Leaving Certificate Examination, 1920
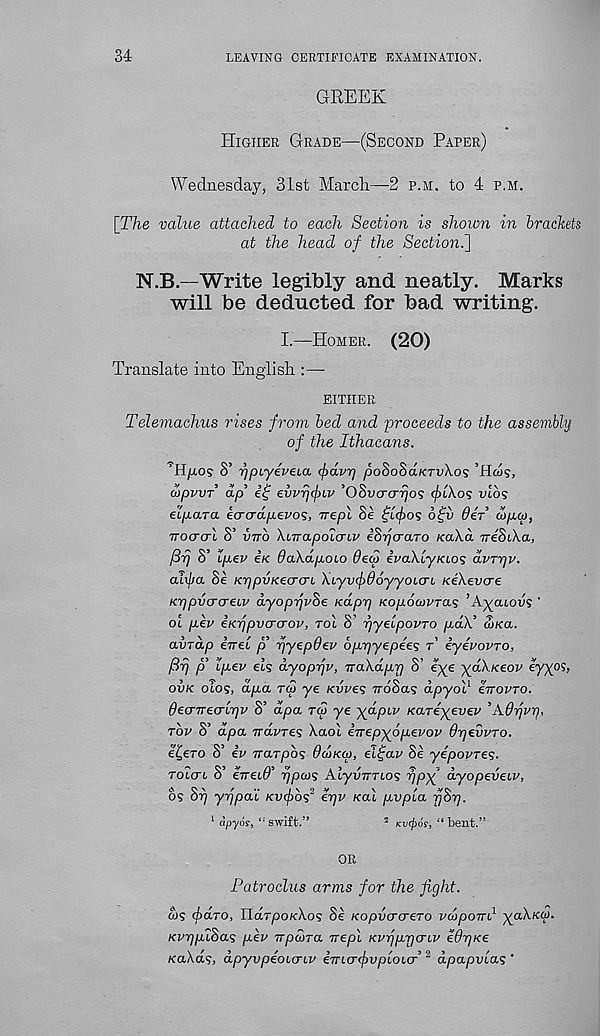
34
LEAVING CERTIFICATE EXAMINATION.
GREEK
Higher Grade—(Second Paper)
Wednesday, 31st March—2 p.m. to 4 p.m.
[The value attached to each Section is shown in brackets
at the head of the Section^]
N.B.—Write legibly and neatly. Marks
will be deducted for bad writing.
I.—Homer. (20)
Translate into English :—•
EITHER
Telemachus rises from bed and proceeds to the assembly
of the Ithacans.
’Hfjios 8’ rjpiyeveLO, (pdvrj poSoSa/criAos ’Hw?,
3 /
1 V 3 1
’'"'J 5 /~V ^
^
I '\
c '
wpvvT ap eg ewpepiv Ooucrcnjos 91.A05 iho?
eL/iara eererdpevos, Trepl Se tjiffos blfv del o'jpqj,
ttoctctI S’ vtto XiTTapoicnv eS^craro Ka\d TreStXa,
/St} S’ Ipev iK daXdpoLO Bed) ivaXl-yKio? dvrrjv.
ahfja Se KrjpvKecrcrt, XL'yvefBo'yyoien, KeXevere
Krjpvcrcreiv dyoprjvSe Kapy) Kopocovras ’Aycuovs '
ol pev eKTjpvcra-ov, tol 8' pyeipovTO pdX’ S>Ka.
aiirdp inel p pyepdev oppyepee? r eyevovro,
ftp p Ipev ets dyoppv, vaXdpp S’ eye ydXxeov eyy°9,
ovk otos, dpa tco ye Kvves ttoScls dpyoV evovro.
Becnrecripv S’ dpa rw ye ydpiv Kareyevev ’ABpvp,
rbv S’ dpa Trdvres Xaol inepyopevov Bpevvro.
et,ero S’ ev vrarpos Bd>Ka>, eitfav Se yepovres-
TOicm S’ errecB’ ppcus Alyvimos ppy dyopevecv,
os Sp yppa'i Kvcfbs 2 epv Kal pvpla pSp.
1 apyos, “ swift.”
5 Kwfios, “ bent.”
OR
Patroclus arms for the fight.
a>S (jidro, Xlarpo/cXos Se Kopva-<rero vdpom 1 yaXiedi.
KvppISas per irpwra Trepl Kvpppcnv eBpxe
KaXds, dpyvpeoLcriv emcrdvpious’ 2 dpapvlas '